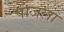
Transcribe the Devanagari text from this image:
पाजला